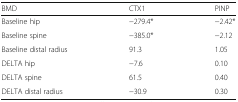
<table><thead><tr><td><b>BMD</b></td><td><b>CTX1</b></td><td><b>PINP</b></td></tr></thead><tbody><tr><td>Baseline hip</td><td>−279.4*</td><td>−2.42*</td></tr><tr><td>Baseline spine</td><td>−385.0*</td><td>−2.12</td></tr><tr><td>Baseline distal radius</td><td>91.3</td><td>1.05</td></tr><tr><td>DELTA hip</td><td>−7.6</td><td>0.10</td></tr><tr><td>DELTA spine</td><td>61.5</td><td>0.40</td></tr><tr><td>DELTA distal radius</td><td>−30.9</td><td>0.30</td></tr></tbody></table>